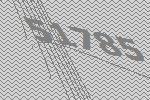
51785